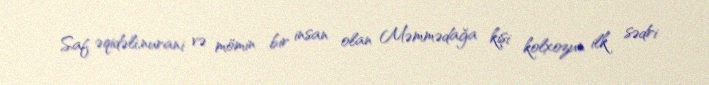
Saf əqidəli,nurani və mömin bir insan olan Məmmədağa kişi kolxozun ilk sədri